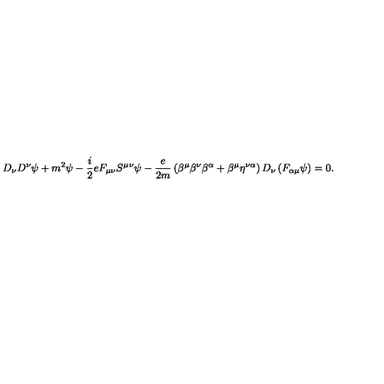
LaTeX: D _ { \nu } D ^ { \nu } \psi + m ^ { 2 } \psi - \frac { i } { 2 } e F _ { \mu \nu } S ^ { \mu } { } ^ { \nu } \psi - \frac { e } { 2 m } \left( \beta ^ { \mu } \beta ^ { \nu } \beta ^ { \alpha } + \beta ^ { \mu } \eta ^ { \nu \alpha } \right) D _ { \nu } \left( F _ { \alpha \mu } \psi \right) = 0 .